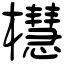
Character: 櫘